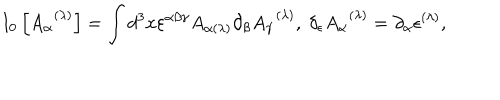
LaTeX: I _ { 0 } \left[ A _ { \alpha } ^ { \; \; ( \lambda ) } \right] = \int d ^ { 3 } x \varepsilon ^ { \alpha \beta \gamma } A _ { \alpha ( \lambda ) } \partial _ { \beta } A _ { \gamma } ^ { \; \; ( \lambda ) } , \; \delta _ { \epsilon } A _ { \alpha } ^ { \; \; ( \lambda ) } = \partial _ { \alpha } \epsilon ^ { ( \lambda ) } ,